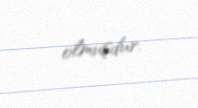
olmuşdur.